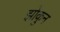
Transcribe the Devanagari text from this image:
झोकुन